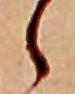
ら